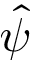
\hat { \psi }